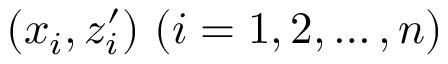
( x _ { i } , z _ { i } ^ { \prime } ) \ ( i = 1 , 2 , \ldots , n )